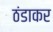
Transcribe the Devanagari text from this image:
ठंडाकर